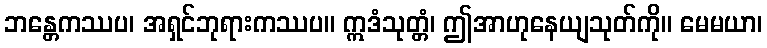
ဘန္တေကဿပ၊ အရှင်ဘုရားကဿပ။ ဣဒံသုတ္တံ၊ ဤအာဟုနေယျသုတ်ကို။ မေမယာ၊